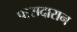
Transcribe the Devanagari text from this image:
पासदारान